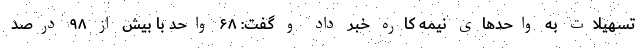
تسهیلات به واحدهای نیمه کاره خبر داد و گفت: ۶۸ واحد با بیش از ۹۸ درصد